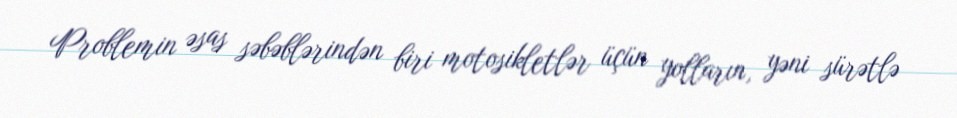
Problemin əsas səbəblərindən biri motosikletlər üçün yolların, yəni sürətlə